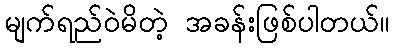
မျက်ရည်ဝဲမိတဲ့ အခန်းဖြစ်ပါတယ်။